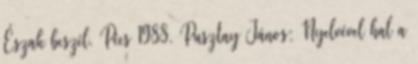
Észak beszél. Pécs 1988. Pusztay János: Nyelvével hal a